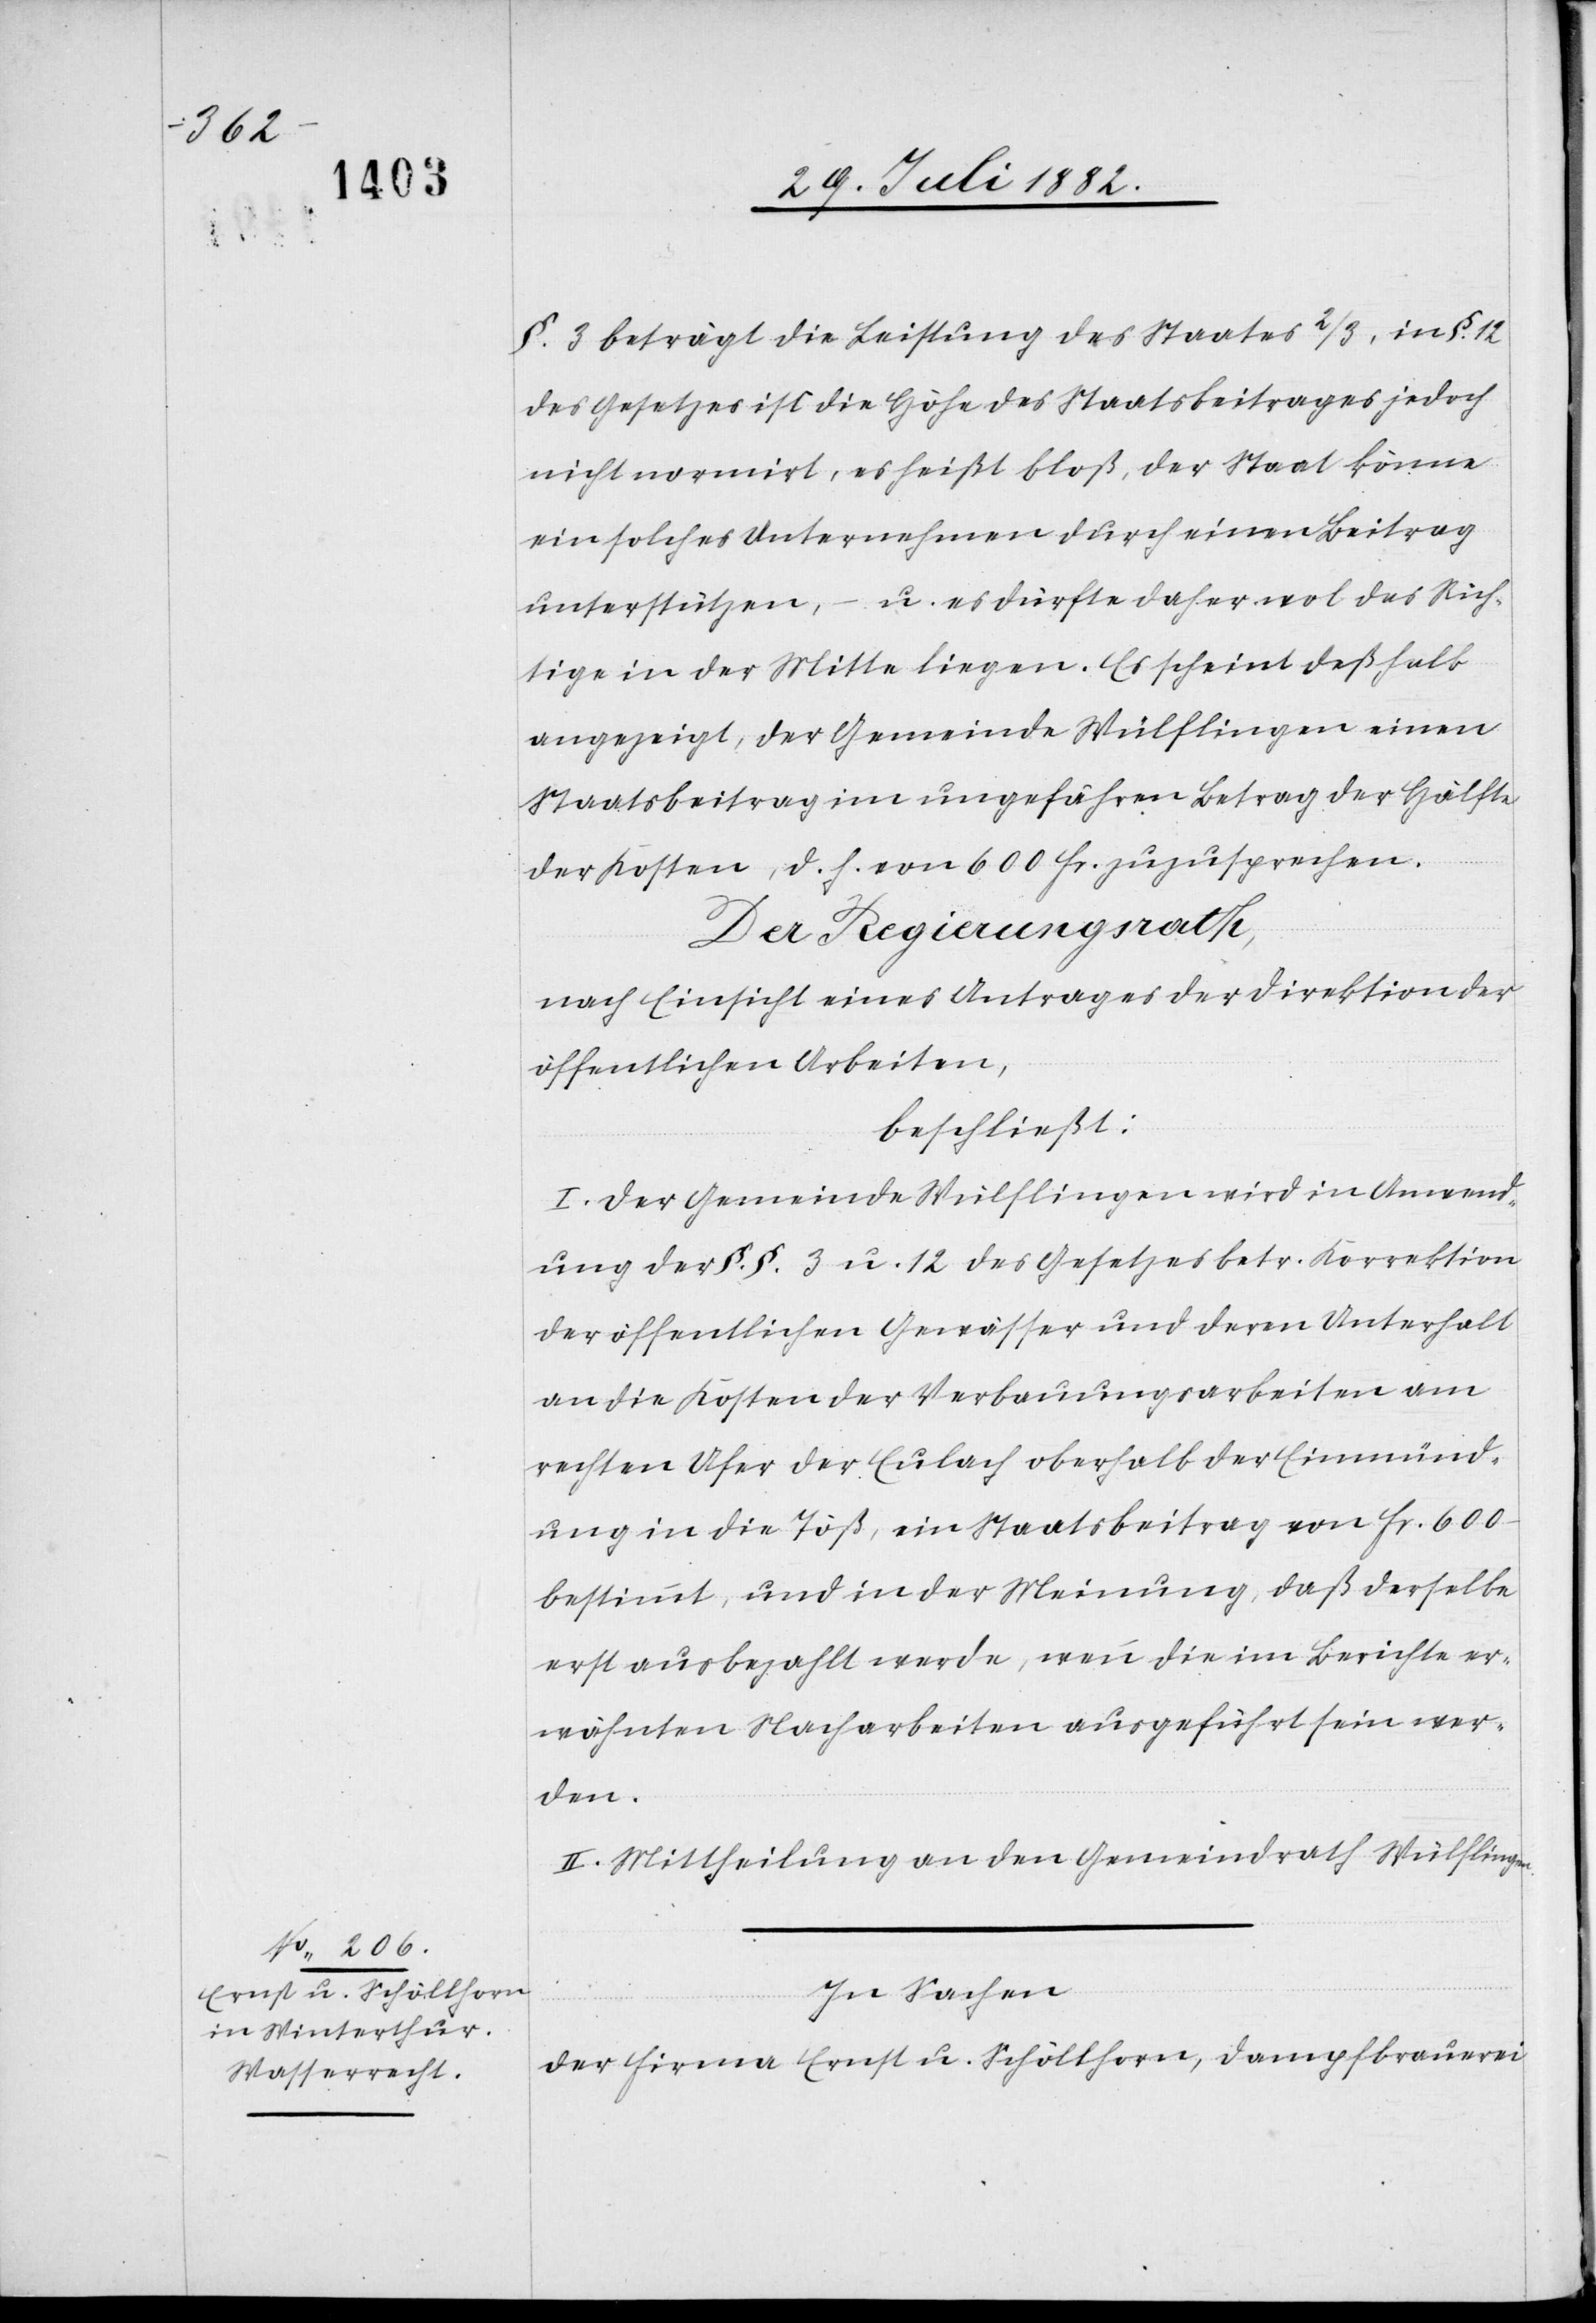
§. 3 beträgt die Leistung des Staates 2/3, in §. 12
des Gesetzes ist die Höhe des Staatsbeitrages jedoch
nicht normirt, es heißt bloß, der Staat könne
ein solches Unternehmen durch einen Beitrag
unterstützen, – u. es dürfte daher wol das Rich¬
tige in der Mitte liegen. Es scheint deßhalb
angezeigt, der Gemeinde Wülflingen einen
Staatsbeitrag im ungefähren Betrag der Hälfte
der Kosten, d. h. von 600 Fr. zuzusprechen.
Der Regierungsrath,
nach Einsicht eines Antrages der Direktion der
öffentlichen Arbeiten,
beschließt:
I. Der Gemeinde Wülflingen wird in Anwend¬
ung der §. §. 3 u. 12 des Gesetzes betr. Korrektion
der öffentlichen Gewässer und deren Unterhalt
an die Kosten der Verbauungsarbeiten am
rechten Ufer der Eulach oberhalb der Einmünd¬
ung in die Töß, ein Staatsbeitrag von Fr. 600.–
bestimmt, und in der Meinung, daß derselbe
erst ausbezahlt werden, wenn die im Berichte er¬
wähnten Nacharbeiten ausgeführt sein wer¬
den.
II. Mittheilung an den Gemeindrath Wülflingen.
In Sachen
der Firma Ernst & Schöllhorn, Dampfbrauerei